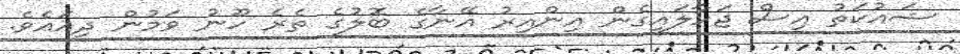
ޝައުކަތު އިސް ޖަހާލައިގެން އިންއިރު އޭނާގެ ބޮލުގެ ތެރެ ހޫނު ވަމުން ދިއައެވެ.